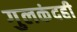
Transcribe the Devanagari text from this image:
गुलकंदही